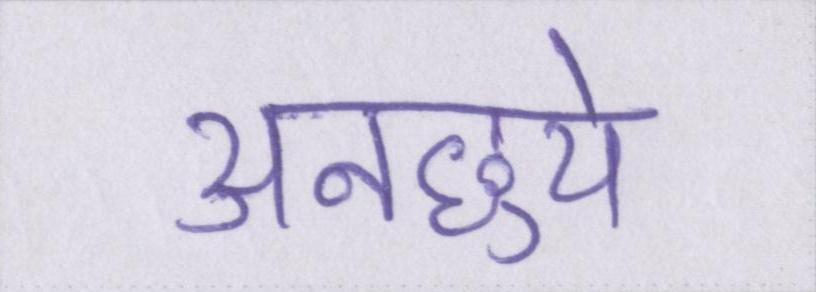
अनछुये